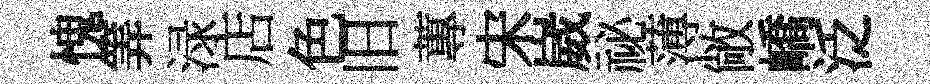
愧筭渌店色旧蓴宋崴祕薄敞嶠泛